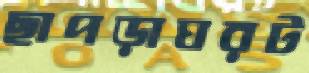
ছাপড়াঘরট